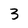
Character: 3